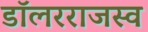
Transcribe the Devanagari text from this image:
डॉलरराजस्व